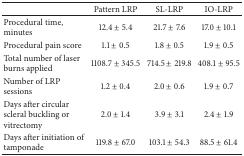
|  | Pattern LRP | SL-LRP | IO-LRP |
 | --- | --- | --- | --- |
 | Procedural time, minutes | 12.4 ± 5.4 | 21.7 ± 7.6 | 17.0 ± 10.1 |
 | Procedural pain score | 1.1 ± 0.5 | 1.8 ± 0.5 | 1.9 ± 0.5 |
 | Total number of laser burns applied | 1108.7 ± 345.5 | 714.5 ± 219.8 | 408.1 ± 95.5 |
 | Number of LRP sessions | 1.2 ± 0.4 | 2.0 ± 0.6 | 1.9 ± 0.7 |
 | Days after circular scleral buckling or vitrectomy | 2.0 ± 1.4 | 3.9 ± 3.1 | 2.4 ± 1.9 |
 | Days after initiation of tamponade | 119.8 ± 67.0 | 103.1 ± 54.3 | 88.5 ± 61.4 |